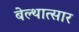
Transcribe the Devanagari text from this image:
बेल्थात्सार